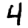
Digit: 4